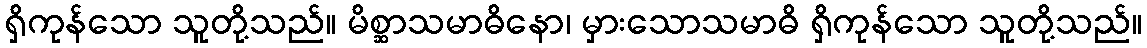
ရှိကုန်သော သူတို့သည်။ မိစ္ဆာသမာဓိနော၊ မှားသောသမာဓိ ရှိကုန်သော သူတို့သည်။